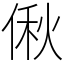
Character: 偢